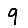
Digit: 9